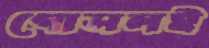
গোসলই